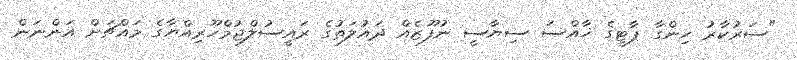
"ސަރުކާރު ހިންގާ ޕާޓީގެ ޚާއްސަ ސިޔާސީ ނުފޫޒެއް ދައުލަތުގެ ރައީސުލްޖުމްހޫރިއްޔާގެ މައްޗަށް އަންނަން